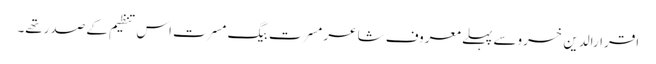
اقرارالدین خسروسے پہلے معروف شاعر مسرت بیگ مسرت اس تنظیم کے صدرتھے۔